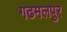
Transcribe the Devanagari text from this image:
गढमलपुर